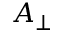
A _ { \perp }